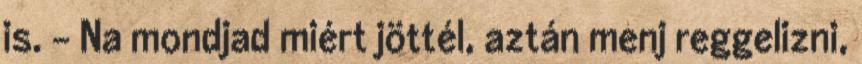
is. - Na mondjad miért jöttél, aztán menj reggelizni,